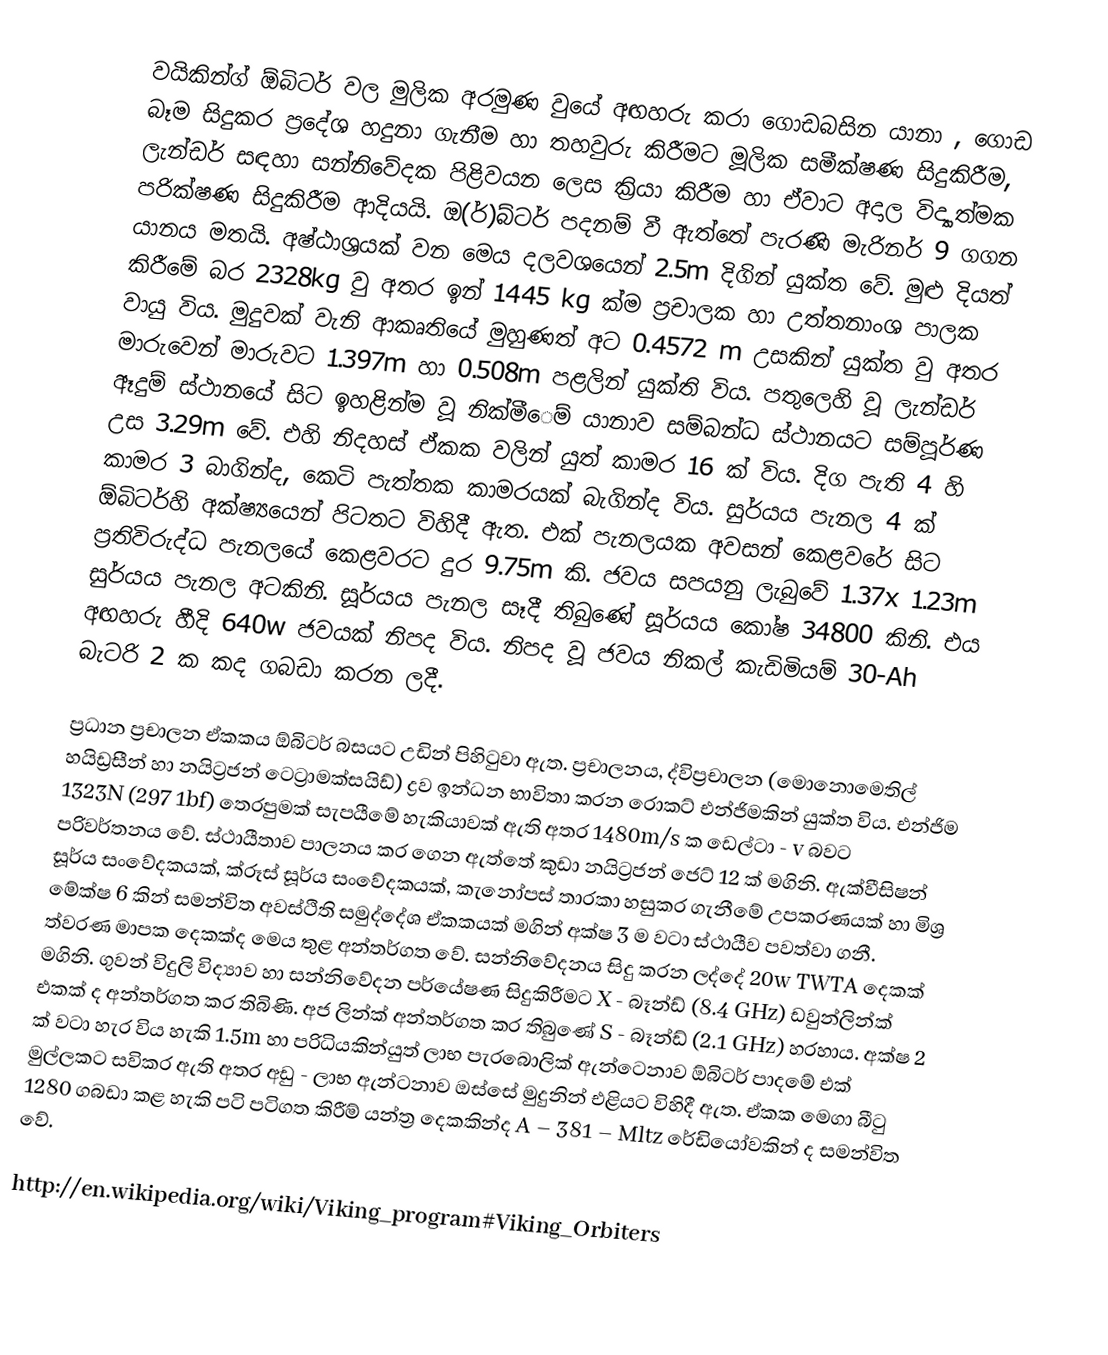
වයිකින්ග් ඕබිටර් වල මුලික අරමුණ වුයේ අඟහරු කරා ගොඩබසින යානා , ගොඩ බෑම සිදුකර ප්‍රදේශ හදුනා ගැනීම හා තහවුරු කිරීමට මූලික සමීක්ෂණ සිදුකිරීම, ලැන්ඩර් සඳහා සන්නිවේදක පිළිවයන ලෙස ක්‍රියා කිරීම හා ඒවාට අදාල විද්‍යාත්මක පරික්ෂණ සිදුකිරීම ආදියයි.   ඔ(ර්)බ්ටර් පදනම් වී ඇත්තේ පැරණි මැරිනර් 9 ගගන යානය මතයි. අෂ්ඨාශ්‍රයක් වන මෙය දලවශයෙන්  2.5m දිගින් යුක්ත වේ. මුළු දියත් කිරීමේ බර 2328kg වු අතර ඉන් 1445 kg ක්ම ප්‍රචාලක හා උත්තනාංශ පාලක වායු විය. මුදුවක් වැනි ආකෘතියේ මුහුණත් අට 0.4572 m උසකින් යුක්ත වු අතර මාරුවෙන් මාරුවට 1.397m හා 0.508m පළලින් යුක්ති විය. පතුලෙහි වූ ලැන්ඩර් ඈදුම් ස්ථානයේ සිට ඉහළින්ම වූ නික්මී‍ෙම් යානාව සම්බන්ධ ස්ථානයට සම්පූර්ණ     උස 3.29m වේ. එහි නිදහස් ඒකක වලින් යුත් කාමර 16 ක් විය. දිග පැති 4 හි කාමර 3 බාගින්ද, කෙටි පැත්තක කාමරයක් බැගින්ද විය. සුර්යය පැනල 4 ක් ඕබිටර්හි අක්ෂ්‍යයෙන් පිටතට විහිදී ඇත. එක් පැනලයක අවසන් කෙළවරේ සිට ප්‍රතිවිරුද්ධ පැනලයේ කෙළවරට දුර 9.75m කි. ජවය සපයනු ලැබුවේ 1.37x 1.23m සුර්යය පැනල අටකිනි. සූර්යය පැනල සෑදී තිබුණේ සූර්යය කෝෂ 34800 කිනි. එය අඟහරු හීදි 640w ජවයක් නිපද විය. නිපද වූ ජවය නිකල් කැඩිමියම් 30-Ah බැටරි 2 ක කද ගබඩා කරන ලදී.

ප්‍රධාන ප්‍රචාලන ඒකකය ඕබිටර් බසයට උඩින් පිහිටුවා ඇත. ප්‍රචාලනය, ද්විප්‍රචාලන (මොනො‍මෙතිල් හයිඩ්‍රසීන් හා නයිට්‍රජන් ටෙට්‍රාමක්සයිඩ්) ද්‍රව ඉන්ධන භාවිතා කරන රොකට් එන්ජිමකින් යුක්ත විය. එන්ජිම 1323N (297 1bf) තෙරපුමක් සැපයීමේ හැකියාවක් ඇති අතර 1480m/s ක ඩෙල්ටා - v බවට පරිවර්තනය වේ. ස්ථායීතාව පාලනය කර ගෙන ඇත්තේ කුඩා නයිට්‍රජන් ජෙට් 12 ක් මගිනි. ඇක්වීසිෂන් සූර්ය සංවේදකයක්, ක්රූස් සූර්ය සංවේදකයක්, කැනෝපස් තාරකා හසුකර ගැනීමේ උපකරණයක් හා මිශ්‍ර මේක්ෂ 6 කින් සමන්විත අවස්ථිති සමුද්දේශ ඒකකයක් මගින් අක්ෂ 3 ම වටා ස්ථායීව පවත්වා ගනී. ත්වරණ මාපක දෙකක්ද මෙය තුළ අන්තර්ගත වේ. සන්නිවේදනය සිදු කරන ලද්දේ 20w TWTA දෙකක් මගිනි. ගුවන් විදුලි විද්‍යාව හා සන්නිවේදන පර්යේෂණ සිදුකිරීමට X - බෑන්ඩ් (8.4 GHz) ඩවුන්ලින්ක් එකක් ද අන්තර්ගත කර තිබිණි. අජ ලින්ක් අන්තර්ගත කර තිබුණේ S - බෑන්ඩ් (2.1 GHz) හරහාය. අක්ෂ 2 ක් වටා හැර විය හැකි 1.5m හා පරිධියකින්යුත් ලාභ පැරබොලික් ඇන්ටෙනාව ඕබිටර් පාදමේ එක් මුල්ලකට සවිකර ඇති අතර අඩු - ලාභ ඇන්ටනාව ඔස්සේ මුදුනින් එළියට විහිදී ඇත. ඒකක මෙගා බීටු 1280 ගබඩා කළ හැකි පටි පටිගත කිරීම් යන්ත්‍ර දෙකකින්ද A – 381 – Mltz රේඩියෝවකින් ද සමන්විත වේ.

http://en.wikipedia.org/wiki/Viking_program#Viking_Orbiters